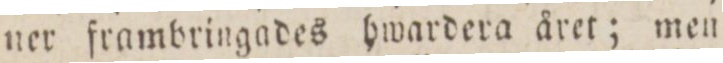
ner frambringades hwardera året; men